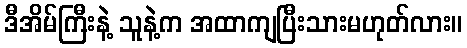
ဒီအိမ်ကြီးနဲ့ သူနဲ့က အထာကျပြီးသားမဟုတ်လား။